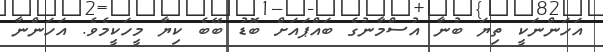
އަހަންނަކީ ތިޔަ ބުނާ އުސްމާނުގެ ބައްޕައަށް ބޮޑު ބޭބެ ކިޔާ މީހަކީމެވެ. އަހަންނާ